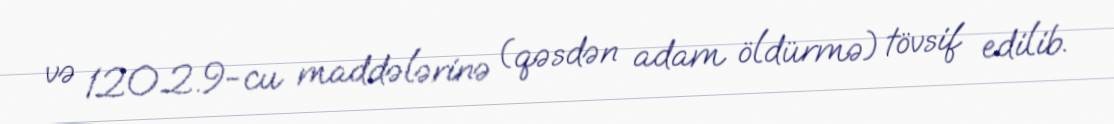
və 120.2.9-cu maddələrinə (qəsdən adam öldürmə) tövsif edilib.